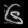
Digit: ၆